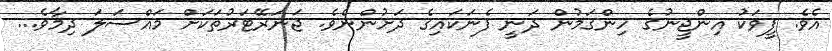
އެވެ. ފީވަކު އިންޖީނުގެ ހިންގަމުން ދަނީ ފެނަކައިގެ ދަށުންނެވެ. ޖަނަރޭޓަރުތަކަށް މައްސަލަ ދިމާވެ...